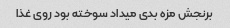
برنجش مزه بدی میداد سوخته بود روی غذا